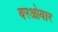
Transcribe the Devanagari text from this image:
वरओयार